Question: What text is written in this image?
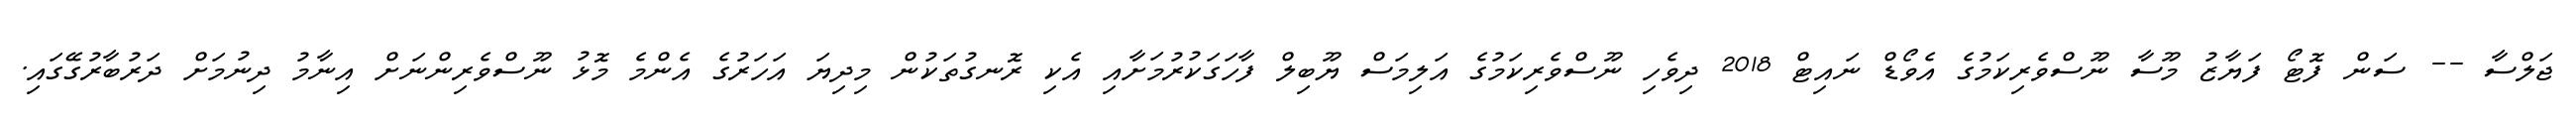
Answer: ޖަލްސާ -- ސަން ފޮޓޯ ފަޔާޒު މޫސާ ނޫސްވެރިކަމުގެ އެވޯޑް ނައިޓް 2018 ދިވެހި ނޫސްވެރިކަމުގެ އަލިމަސް ޔޫބިލް ފާހަގަކުރުމަށާއި އެކި ރޮނގުތަކުން މިދިޔަ އަހަރުގެ އެންމެ މޮޅު ނޫސްވެރިންނަށް އިނާމު ދިނުމަށް ދަރުބާރުގޭގައި.